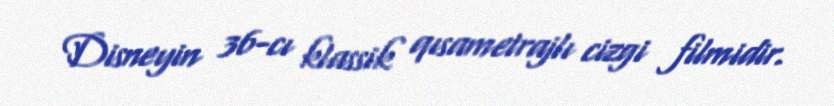
Disneyin 36-cı klassik qısametrajlı cizgi filmidir.